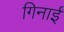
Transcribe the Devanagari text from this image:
गिनाईं